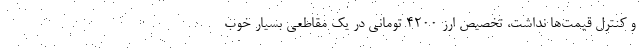
و کنترل قیمت‌ها نداشت، تخصیص ارز ۴۲۰۰ تومانی در یک مقاطعی بسیار خوب